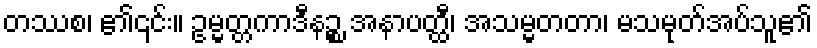
တဿစ၊ ၏၎င်း။ ဥမ္မတ္တကာဒီနဉ္စ အနာပတ္ထီ၊ အသမ္မတတာ၊ မသမုတ်အပ်သူ၏